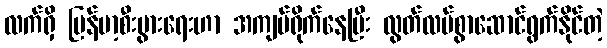
လက်ရှိ မြန်မာ့စီးပွားရေးဟာ အကျပ်ရိုက်နေပြီး လွတ်လပ်စွာဆောင်ရွက်နိုင်တဲ့